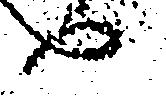
へ